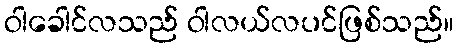
ဝါခေါင်လသည် ဝါလယ်လပင်ဖြစ်သည်။